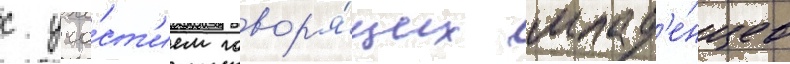
с уча́ст'ием говор'я́щих млад'е́нцев